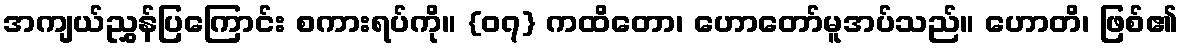
အကျယ်ညွှန်ပြကြောင်း စကားရပ်ကို။ {၀၇} ကထိတော၊ ဟောတော်မူအပ်သည်။ ဟောတိ၊ ဖြစ်၏